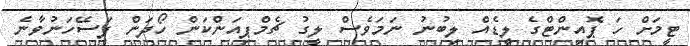
ޓީމަށް ހަ ޕޮއިންޓްގެ ލީޑެއް ލިބުނު ނަމަވެސް ލީގު ޗެމްޕިއަންކަން ހޯދަން ފަސޭހަނުވާނެ